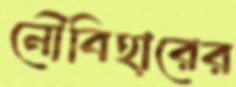
নৌবিহারের